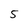
Character: 5